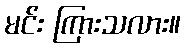
မင်း ကြားသလား။